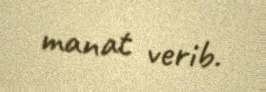
manat verib.